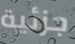
جزئية